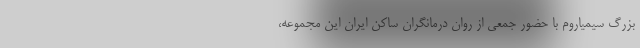
بزرگ سیمیاروم با حضور جمعی از روان درمانگران ساکن ایران این مجموعه،